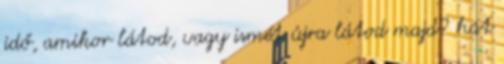
idő, amikor látod, vagy ismét újra látod majd? hát